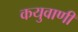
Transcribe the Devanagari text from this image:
कयुवाणी